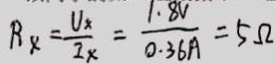
R _ { x } = \frac { U _ { x } } { I _ { x } } = \frac { 1 . 8 V } { 0 . 3 6 A } = 5 \Omega